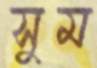
সুম